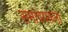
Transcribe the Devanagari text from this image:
समावयकता